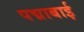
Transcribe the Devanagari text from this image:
पद्माबाई